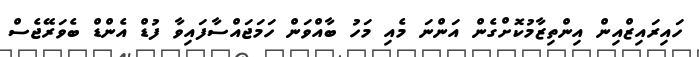
ހައިރައިޒްއިން އިންތިޒާމުކޮށްގެން އަންނަ މެއި މަހު ބާއްވަން ހަމަޖައްސާފައިވާ ފުޑް އެންޑް ބެވަރޭޖެސް